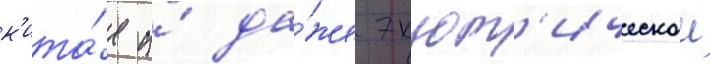
к'ита́я и́ да́же экзот'ическои